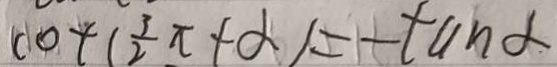
\cot ( \frac { 3 \pi } { 2 } + \alpha ) = - \tan \alpha